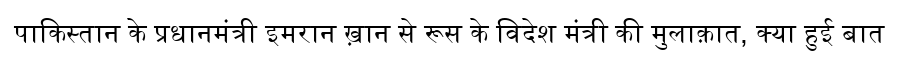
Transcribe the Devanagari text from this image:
पाकिस्तान के प्रधानमंत्री इमरान ख़ान से रूस के विदेश मंत्री की मुलाक़ात, क्या हुई बात